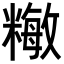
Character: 𥼖